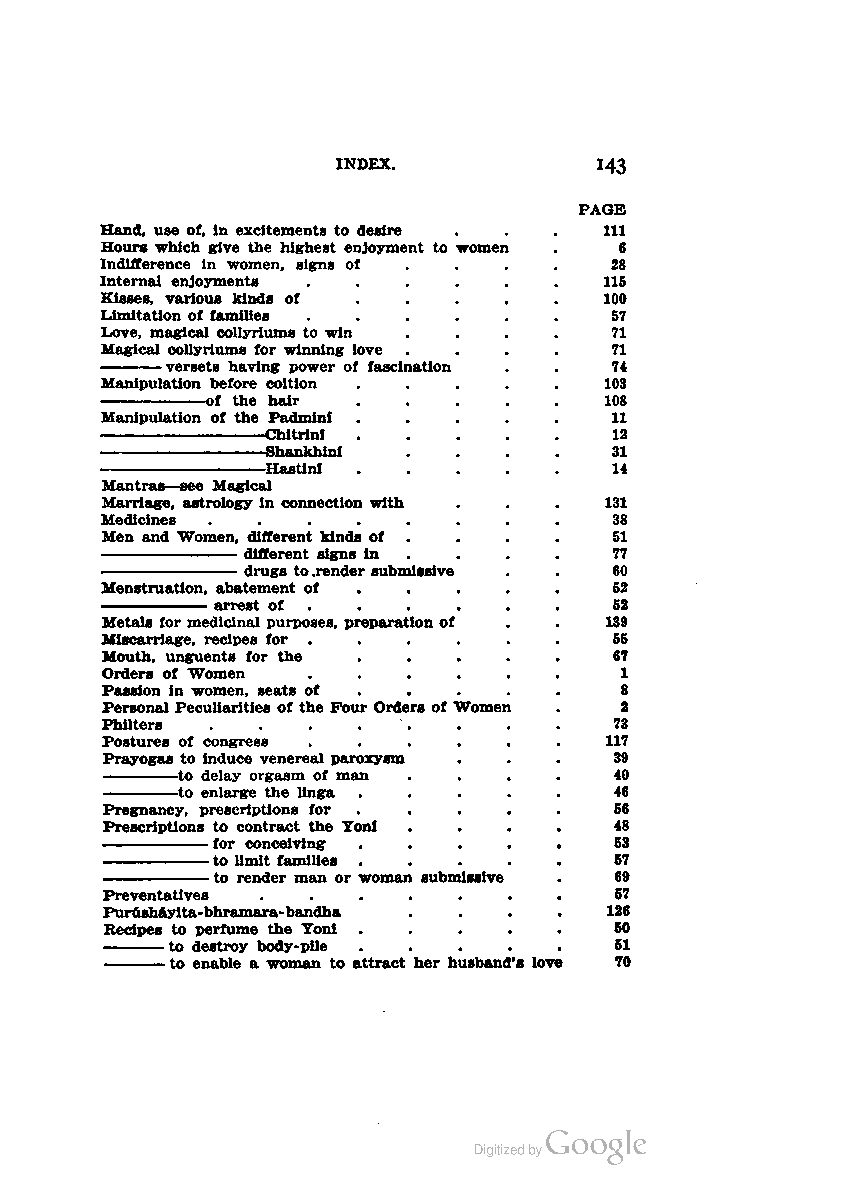
INDEX.           143
 PAGE
 Hand, use of, in excitements to desire . . . Ill
 Hours which give the highest enjoyment to -women . 6
 Indifference in women, signs of ... 28
 Internal enjoyments ......       115
 Kisses, various kinds of .....   100
 Limitation of families ......    57
 Love, magical collyriums to win .... 71
 Magical collyriums for winning love .... 71
 versets having power of fascination . . 74
 Manipulation before coition ..... 103
 of the hair .....         108
 Manipulation of the Padmini ..... 11
 Chitrini              12
 Shankhini ....        31
 Hastini               14
 Mantras—see Magical
 Marriage, astrology in connection with . . . 131
 Medicines ........               38
 Men and Women, different kinds of ... 51
 different signs in ...  77
 drugs to.render submissive . . 60
 Menstruation, abatement of ....  52
 arrest of .....            52
 Metals for medicinal purposes, preparation of . . 139
 Miscarriage, recipes for ......   55
 Mouth, unguents for the .....     67
 Orders of Women ......            1
 Passion in women, seats of ....   8
 Personal Peculiarities of the Four Orders of Women . 2
 Philters ........                 73
 Postures of congress ......      117
 Prayogas to induce venereal paroxysm ... 39
 to delay orgasm of man ....  40
 to enlarge the linga .....   46
 Pregnancy, prescriptions for ..... 56
 Prescriptions to contract the Ton! .... 48
 —^———for conceiving .....         53
 to limit families .....    57
 to render man or woman submissive . 69
 Preventatives .......             57
 Purushayita-bhramara-bandha .... 126
 Recipes to perfume the Ton! ..... 50
 to destroy body-pile .....    51
 to enable a woman to attract her husband's love 70